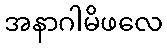
အနာဂါမိဖလေ